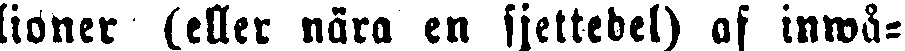
lioner (eller nära en sjettedel) af inwå-